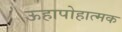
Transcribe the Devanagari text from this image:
ऊहापोहात्मक